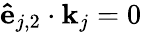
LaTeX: \mathbf{\hat{e}}_{j,2}\cdot\mathbf{k}_{j}=0